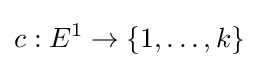
c:E^{1}\to \{1,\ldots ,k\}